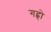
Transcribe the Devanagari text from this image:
गहृो